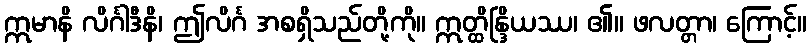
ဣမာနိ လိင်္ဂါဒီနိ၊ ဤလိင်္ဂ အစရှိသည်တို့ကို။ ဣတ္ထိန္ဒြိယဿ၊ ၏။ ဖလတ္တာ၊ ကြောင့်။